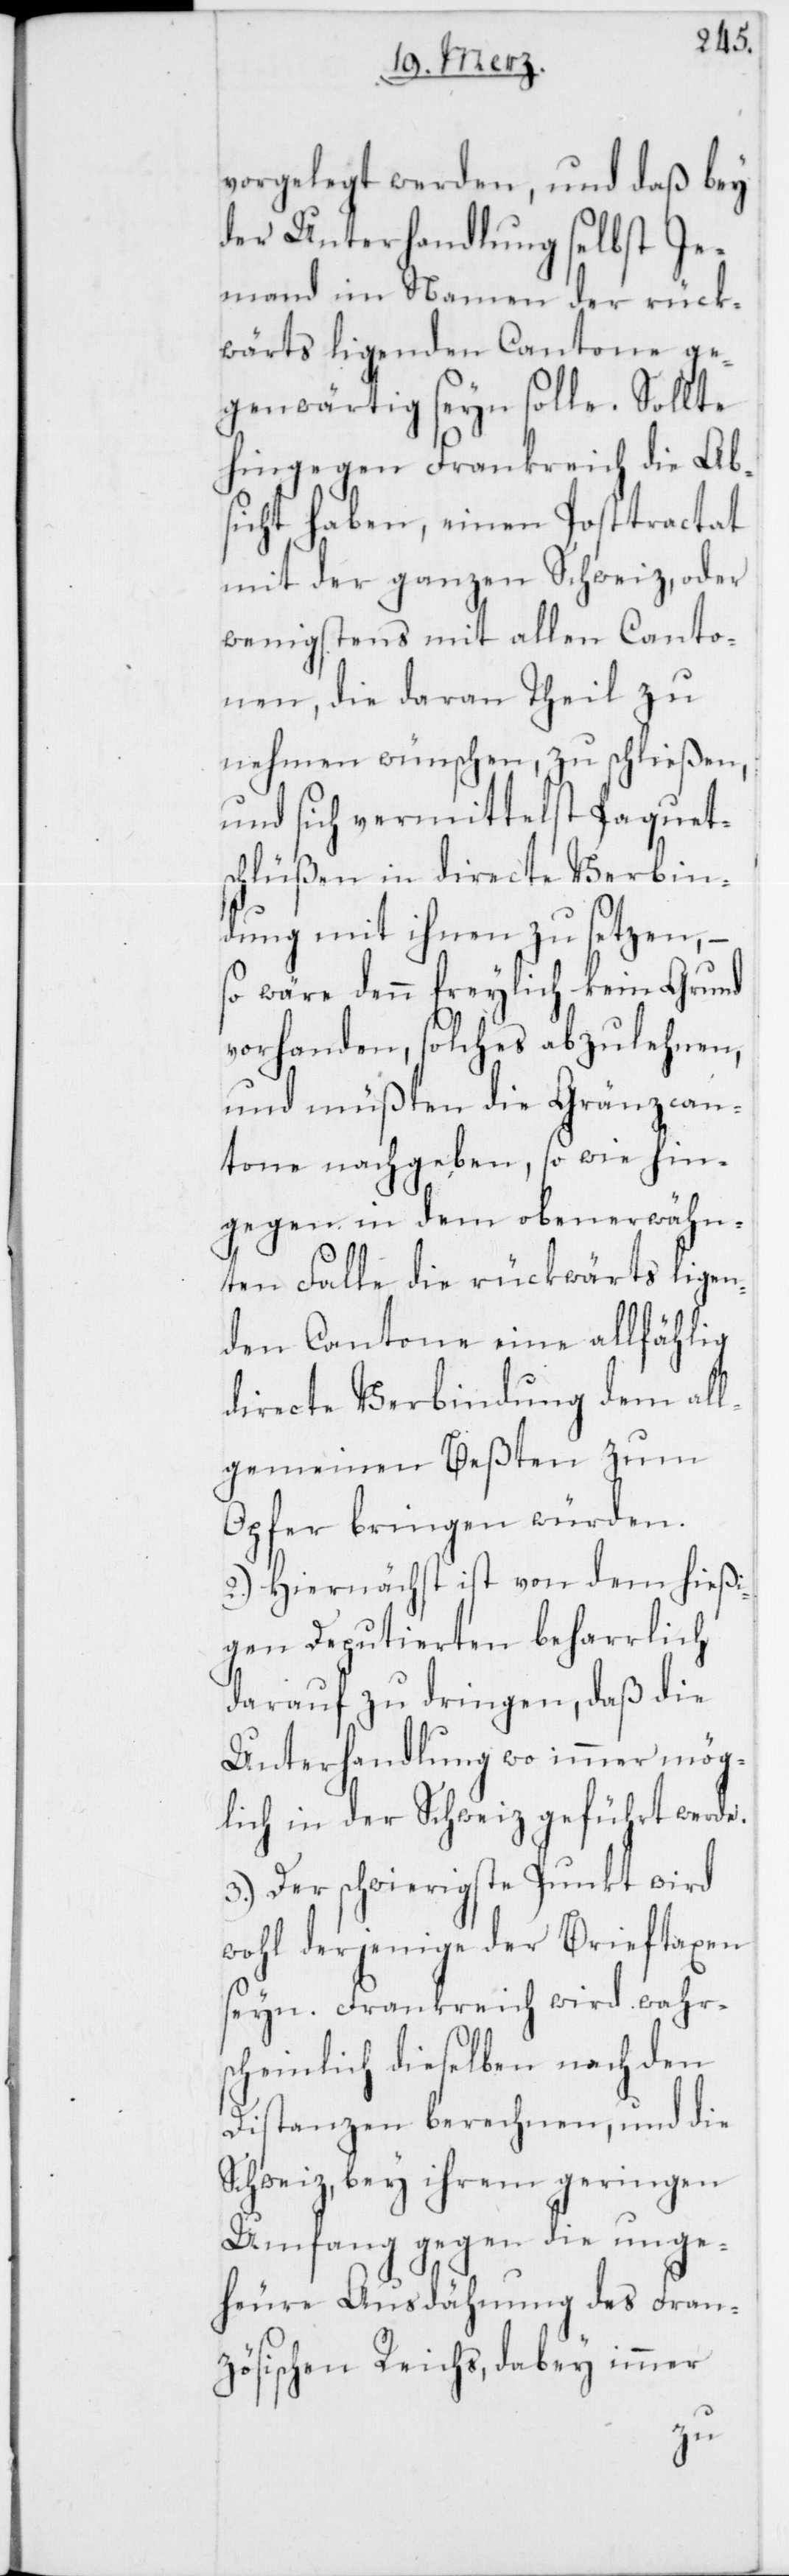
vorgelegt werden, und daß bey
der Unterhandlung selbst Je¬
mand im Namen der rück¬
wärts ligenden Cantone ge¬
genwärtig seyn solle. Sollte
hingegen Frankreich die Ab¬
sicht haben, einen Posttractat
mit der ganzen Schweiz, oder
wenigstens mit allen Canto¬
nen, die daran Theil zu
nehmen wünschen, zu schließen,
und sich vermittelst Paquet¬
schlüßen in directe Verbin¬
dung mit ihnen zu setzen, –
so wäre denn freylich kein Grund
vorhanden, solches abzulehnen,
und müßten die Gränzcan¬
tone nachgeben, so wie hin¬
gegen in dem obenerwähn¬
ten Falle die rückwärts ligen¬
den Cantone eine allfählig
directe Verbindung dem all¬
gemeinen Beßten zum
Opfer bringen würden.
2.) Hiernächst ist von dem hießi¬
gen Deputierten beharrlich
darauf zu dringen, daß die
Unterhandlung wo immer mög¬
lich in der Schweiz geführt werde.
3.) Der schwierigste Punkt wird
wohl derjenige der Brieftaxen
seyn. Frankreich wird wahr¬
scheinlich dieselben nach den
Distanzen berechnen, und die
Schweiz bey ihrem geringen
Umfang gegen die unge¬
heure Ausdähnung des Franz¬
ösischen Reichs, dabey immer